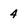
Character: 4